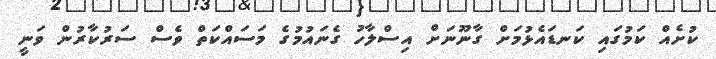
ކުށެއް ކަމުގައި ކަނޑައެޅުމަށް ގާނޫނަށް އިސްލާހު ގެނައުމުގެ މަސައްކަތް ވެސް ސަރުކާރުން ވަނީ